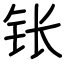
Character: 𬬮